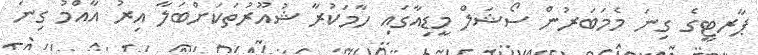
ޕާރޓީގެ ގިނަ މެމަބަރުން ސޯޝަލް މީޑިއާގައި ހާމަކުރާ ޝުއޫރުތަކަށްބަލާ އިރު އާއްމު ގިނަ